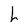
Character: h